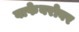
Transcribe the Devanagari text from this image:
वाफेबरोबर